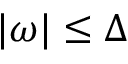
| \omega | \le \Delta